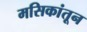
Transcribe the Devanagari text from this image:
मसिकांतून